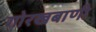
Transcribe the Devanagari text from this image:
गोरखबाणी